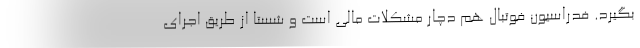
بگیرد. فدراسیون فوتبال هم دچار مشکلات مالی است و شستا از طریق اجرای